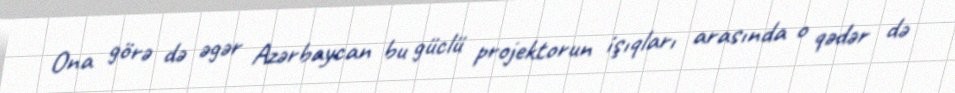
Ona görə də əgər Azərbaycan bu güclü projektorun işıqları arasında o qədər də